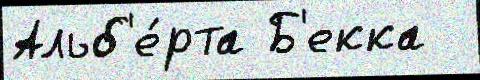
Альб'е́рта Б'екка